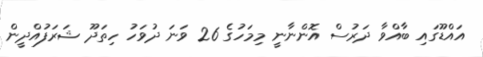
އައްޑޫގައި ބާއްވާ ދަރުސް އޮންނާނީ މިމަހުގެ 26 ވަނަ ދުވަހު ހިތަދޫ ޝަރަފުއްދީން